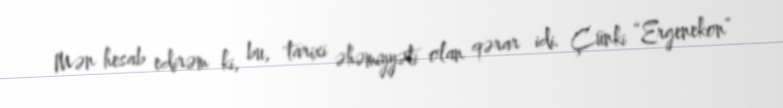
Mən hesab edirəm ki, bu, tarixi əhəmiyyəti olan qərar idi. Çünki “Ergenekon”